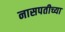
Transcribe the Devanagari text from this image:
नासपतीच्या